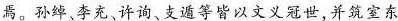
焉。孙绰，李充、许询、支遁等皆以文义冠世，并筑室东